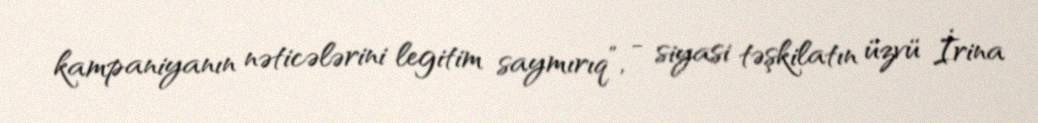
kampaniyanın nəticələrini legitim saymırıq”, - siyasi təşkilatın üzvü İrina